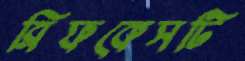
ব্রিফকেসটি